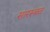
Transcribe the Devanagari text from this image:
सारस्बत